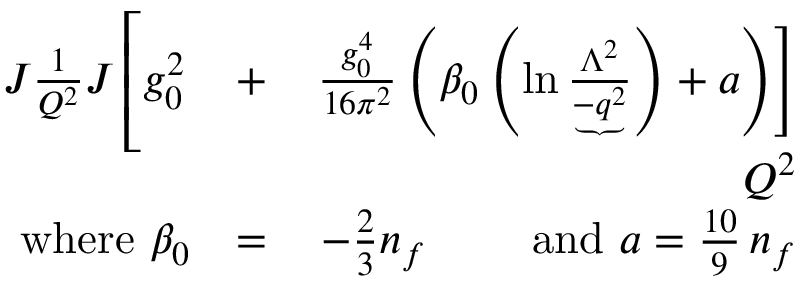
\begin{array} { r l r } { \! \! \! \! \! \! \! \! \! \! \! \! J { \frac { 1 } { Q ^ { 2 } } } J \left[ \rule { 0 cm } { 7 mm } g _ { 0 } ^ { 2 } \right. } & { + } & { \left. { \frac { g _ { 0 } ^ { 4 } } { 1 6 \pi ^ { 2 } } } \left( \beta _ { 0 } \left( \ln { \frac { \Lambda ^ { 2 } } { \underbrace { - q ^ { 2 } } } } \right) + a \right) \right] } \\ & { } & { \qquad \qquad \qquad \quad Q ^ { 2 } } \\ { \mathrm { w h e r e \ } \beta _ { 0 } } & { = } & { - \frac 2 3 n _ { f } \mathrm { \qquad ~ a n d \ } a = \frac { 1 0 } 9 \, n _ { f } } \end{array}